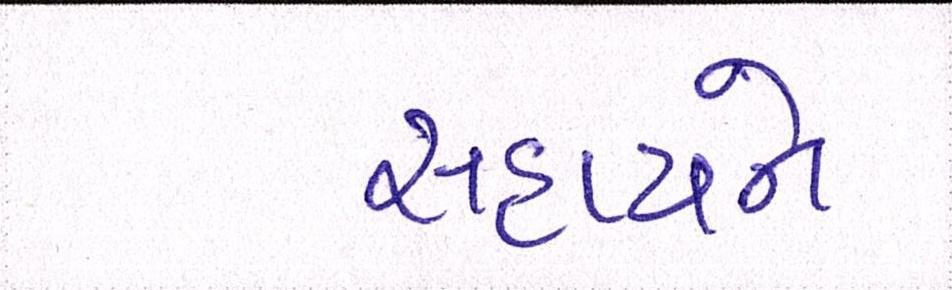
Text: સહાયને